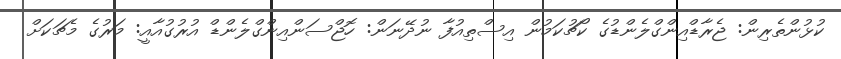
ކުޅުންތެރިން: ޖެރާޑްއިންގްލެންޑުގެ ކޯޗުކަމުން އިސްތިއުފާ ނުދޭނަން: ހޮޖްސަންއިންގްލެންޑް އުރުގުއާއީ: މަރުގެ މެޗަކަށް